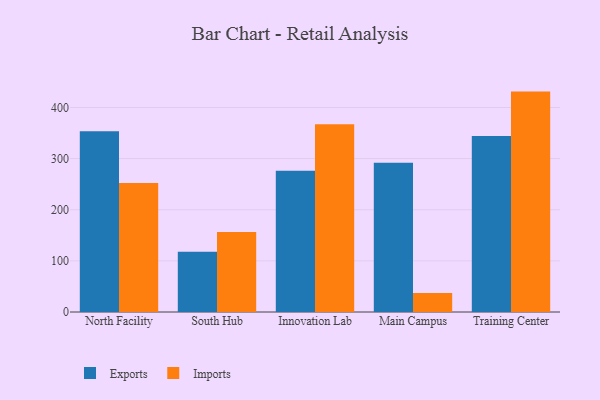
{"axis": {"x": "Campus", "y": "Humidity (%)"}, "legend": ["Exports", "Imports"], "data": [{"x": "North Facility", "y": 353.4, "type": "Exports"}, {"x": "North Facility", "y": 252.1, "type": "Imports"}, {"x": "South Hub", "y": 117.8, "type": "Exports"}, {"x": "South Hub", "y": 156.3, "type": "Imports"}, {"x": "Innovation Lab", "y": 276.3, "type": "Exports"}, {"x": "Innovation Lab", "y": 367.3, "type": "Imports"}, {"x": "Main Campus", "y": 292.1, "type": "Exports"}, {"x": "Main Campus", "y": 37.3, "type": "Imports"}, {"x": "Training Center", "y": 344.4, "type": "Exports"}, {"x": "Training Center", "y": 431.1, "type": "Imports"}]}